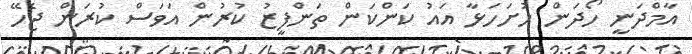
އާމްދަނީ ހޯދަން ހުށަހަޅާ އައު ކަންކަން ތަންފީޒު ކުރުން އަވަސް ކުރަން ޖެހޭ